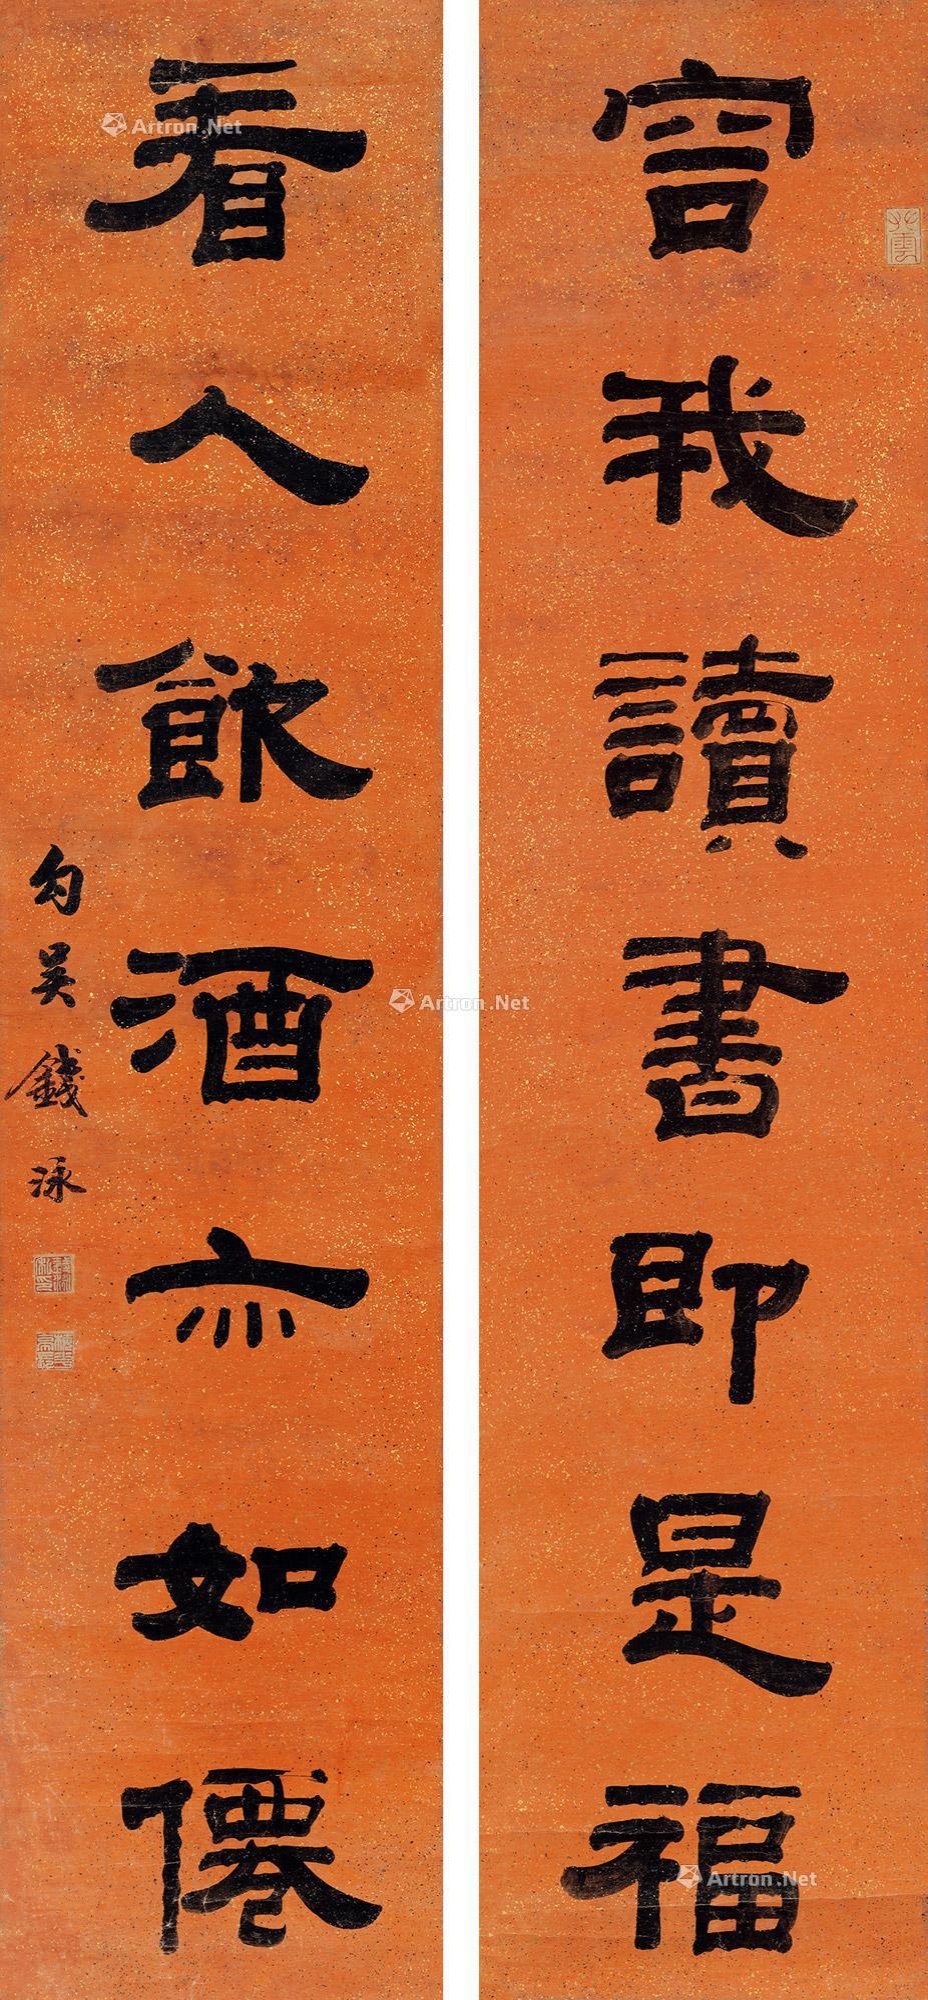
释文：容我读书即是福，看人饮酒亦如仙。勾吴钱泳。